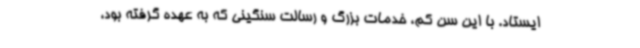
ایستاد. با این سن کم، خدمات بزرگ و رسالت سنگینی که به عهده گرفته بود،